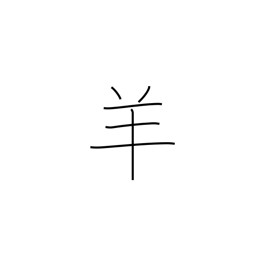
Meaning: sheep